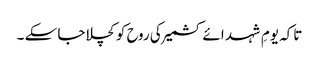
تاکہ یومِ شہد ائے کشمیر کی روح کو کچلا جا سکے ۔